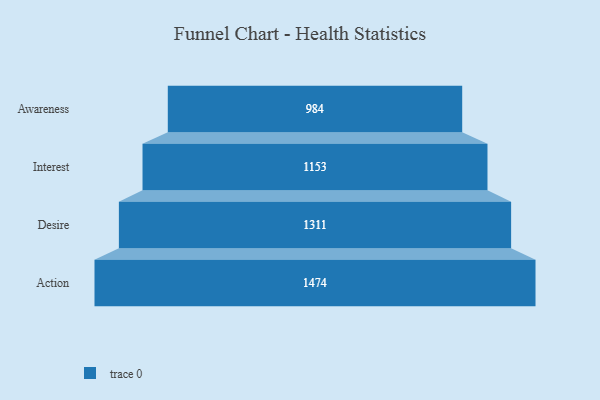
{"axis": {"x": "Stage", "y": "Value"}, "legend": [""], "data": [{"x": "Awareness", "y": 984.0, "type": ""}, {"x": "Interest", "y": 1153.0, "type": ""}, {"x": "Desire", "y": 1311.0, "type": ""}, {"x": "Action", "y": 1474.0, "type": ""}]}